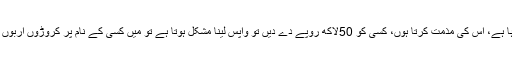
انہوں نے کہا کہ حسین لوائی قابل بینکر ہیں، ان کو ٹارچر کیا جا رہا ہے، اس کی مذمت کرتا ہوں، کسی کو 50لاکھ روپے دے دیں تو واپس لینا مشکل ہوتا ہے تو میں کسی کے نام پر کروڑوں اربوں روپے کی کمپنیز کیسے بنا سکتا ہوں،سیاستدان کبھی ختم نہیں ہوتا۔